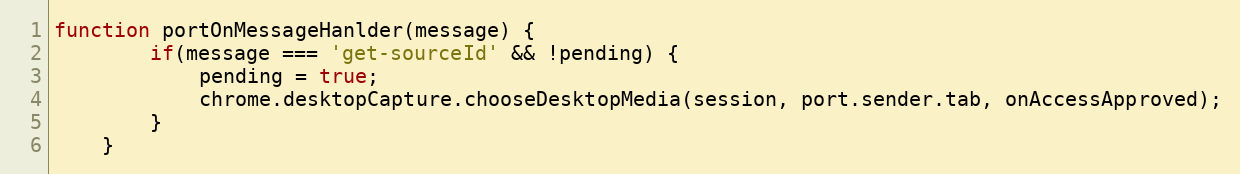
Language: JavaScript
function portOnMessageHanlder(message) {
        if(message === 'get-sourceId' && !pending) {
            pending = true;
            chrome.desktopCapture.chooseDesktopMedia(session, port.sender.tab, onAccessApproved);
        }
    }